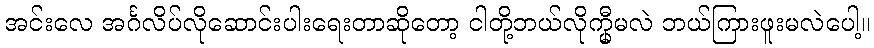
အင်းလေ အင်္ဂလိပ်လိုဆောင်းပါးရေးတာဆိုတော့ ငါတို့ဘယ်လိုက္မှီမလဲ ဘယ်ကြားဖူးမလဲပေါ့။